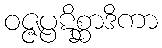
ဝဇ္ဇပ္ပဋိစ္ဆာဒိကာ